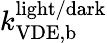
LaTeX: k_{\mathrm{VDE,b}}^{\mathrm{light/dark}}